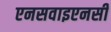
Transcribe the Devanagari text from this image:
एनसवाइएनसी